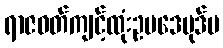
ရာဇဝတ်ကျင့်ထုံးဥပဒေပုဒ်မ